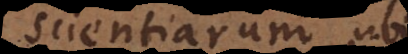
scientiarum, ubi